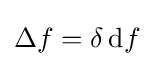
\Delta f=\delta \,\mathrm {d} f